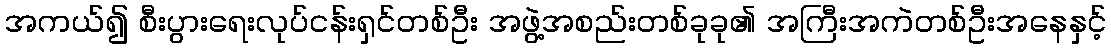
အကယ်၍ စီးပွားရေးလုပ်ငန်းရှင်တစ်ဦး အဖွဲ့အစည်းတစ်ခုခု၏ အကြီးအကဲတစ်ဦးအနေနှင့်